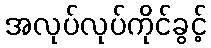
အလုပ်လုပ်ကိုင်ခွင့်